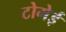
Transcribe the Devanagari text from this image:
टोमेई